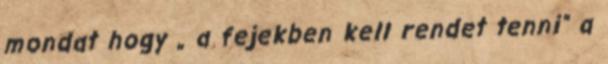
mondat hogy „ a fejekben kell rendet tenni” a